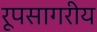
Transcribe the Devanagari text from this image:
रूपसागरीय